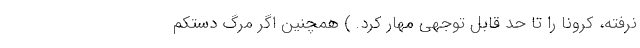
نرفته، کرونا را تا حد قابل توجهی مهار کرد. ) همچنین اگر مرگ دستکم